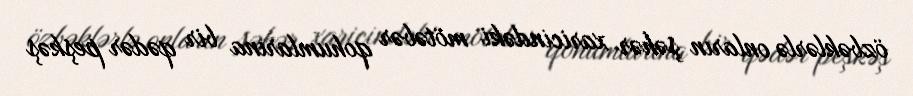
özbəklərlə onların şəhər xaricindəki mötəbər qohumlarına bir qədər peşkəş